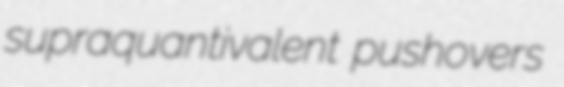
supraquantivalent pushovers